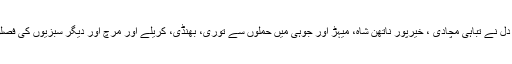
دادو میں فصل دشمن ٹڈی دَل نے تباہی مچادی ، خیرپور ناتھن شاہ، میہڑ اور جوہی میں حملوں سے توری، بھنڈی، کریلے اور مرچ اور دیگر سبزیوں کی فصلوں کو شدید نقصان پہنچا ۔